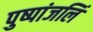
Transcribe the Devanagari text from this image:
पुष्पांजलिं